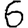
Digit: 6